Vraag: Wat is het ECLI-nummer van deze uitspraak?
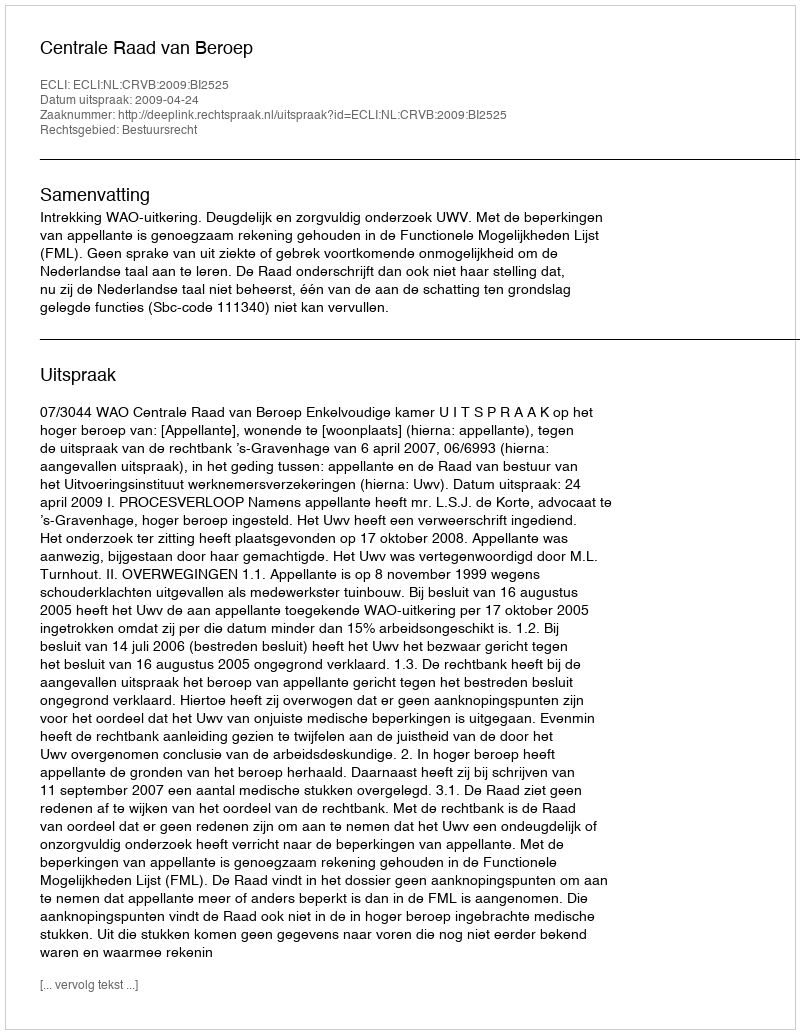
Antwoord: ECLI:NL:CRVB:2009:BI2525